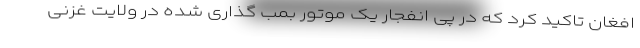
افغان تاکید کرد که در پی انفجار یک موتور بمب گذاری شده در ولایت غزنی